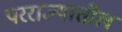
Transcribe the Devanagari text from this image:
परराज्यातील